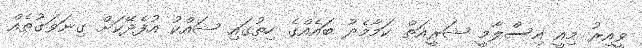
ވީއިރު މިއީ އިސްލާމީ ޝަރީއަތް ކަމާމެދު ބައެއްގެ ހިތުގައި ޝައްކު އުފެދޭކަށް ގިނަވަގުތެއް